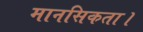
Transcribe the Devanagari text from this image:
मानसिकता।